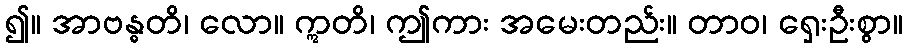
၍။ အာဗန္ဓတိ၊ လော။ ဣတိ၊ ဤကား အမေးတည်း။ တာဝ၊ ရှေးဦးစွာ။